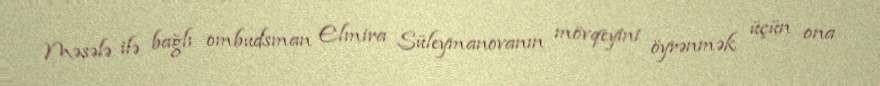
Məsələ ilə bağlı ombudsman Elmira Süleymanovanın mövqeyini öyrənmək üçün ona